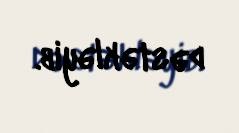
dəstəkləyib.